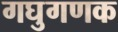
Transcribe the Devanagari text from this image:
गघुगणक